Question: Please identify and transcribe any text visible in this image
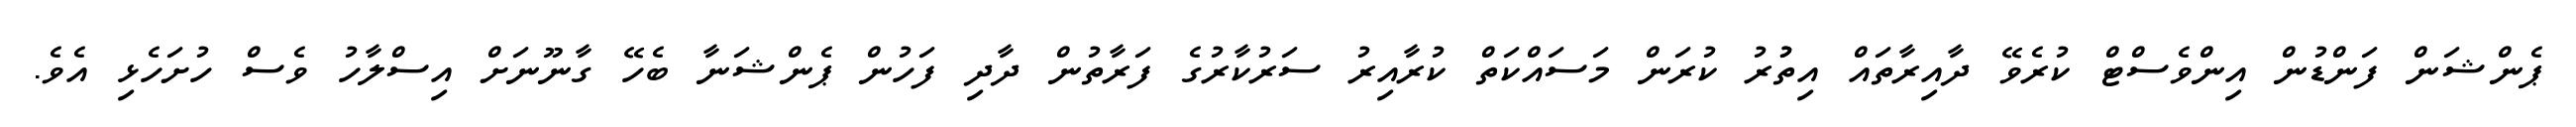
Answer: ޕެންޝަން ފަންޑުން އިންވެސްޓް ކުރެވޭ ދާއިރާތައް އިތުުރު ކުރަން މަސައްކަތް ކުރާއިރު ސަރުކާރުގެ ފަރާތުން ދާދި ފަހުން ޕެންޝަނާ ބެހޭ ގާނޫނަށް އިސްލާހު ވެސް ހުށަހެޅި އެވެ.